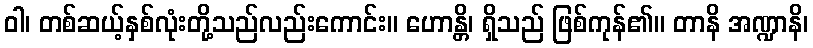
ဝါ၊ တစ်ဆယ့်နှစ်လုံးတို့သည်လည်းကောင်း။ ဟောန္တိ၊ ရှိသည် ဖြစ်ကုန်၏။ တာနိ အဏ္ဍာနိ၊